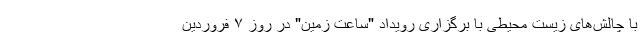
با چالش‌های زیست محیطی با برگزاری رویداد "ساعت زمین" در روز ۷ فروردین